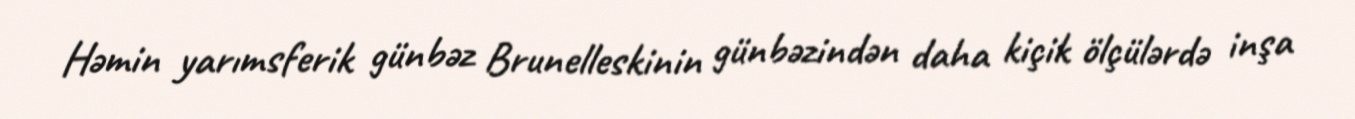
Həmin yarımsferik günbəz Brunelleskinin günbəzindən daha kiçik ölçülərdə inşa